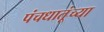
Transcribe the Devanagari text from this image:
पंचधातूंच्या